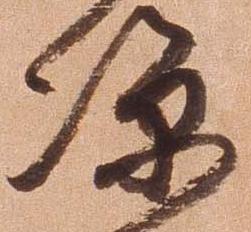
涼